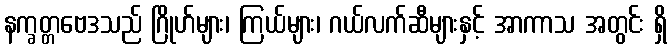
နက္ခတ္တဗေဒသည် ဂြိုဟ်များ၊ ကြယ်များ၊ ဂယ်လက်ဆီများနှင့် အာကာသ အတွင်း ရှိ